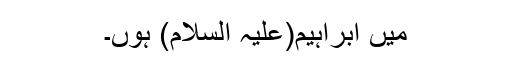
میں ابراہیم(علیہ السلام) ہوں۔